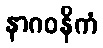
နာဂဝနိကံ